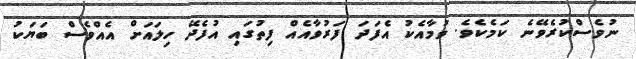
ނުވެސްކުރެވޭނެ ކަމެކެވެ. ވުމާއެކު އެފަދަ ފަރުވާއެއް ފިތުގައި އުފެދޭ ހިލައަށް އެއްވެސް ބަޔަކު